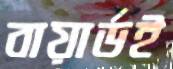
বায়ার্ডই